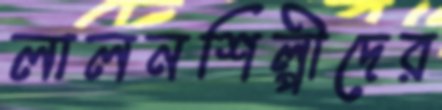
লালনশিল্পীদের